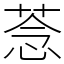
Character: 菍